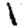
Digit: 1